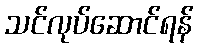
သင်လုပ်ဆောင်ရန်